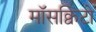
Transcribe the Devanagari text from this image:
माॅसक्विटो